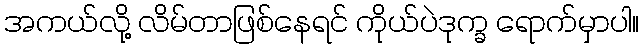
အကယ်လို့ လိမ်တာဖြစ်နေရင် ကိုယ်ပဲဒုက္ခ ရောက်မှာပါ။